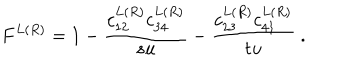
F ^ { L ( R ) } = 1 - { \frac { c _ { 1 2 } ^ { L ( R ) } c _ { 3 4 } ^ { L ( R ) } } { s u } } - { \frac { c _ { 2 3 } ^ { L ( R ) } c _ { 4 1 } ^ { L ( R ) } } { t u } } \ .